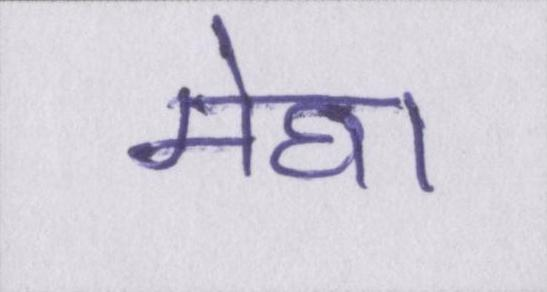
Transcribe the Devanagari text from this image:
मेघा